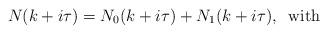
LaTeX: \begin{align*} N(k + i \tau) = N_0(k + i \tau) + N_1(k + i\tau), \;\; \mbox{with} \end{align*}